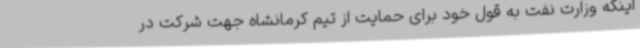
اینکه وزارت نفت به قول خود برای حمایت از تیم کرمانشاه جهت شرکت در